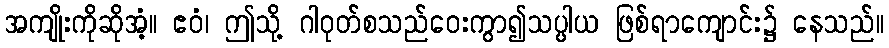
အကျိုးကိုဆိုအံ့။ ဧဝံ၊ ဤသို့ ဂါဝုတ်စသည်ဝေးကွာ၍သပ္ပါယ ဖြစ်ရာကျောင်း၌ နေသည်။